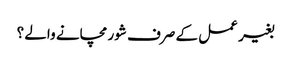
بغیر عمل کے صرف شور مچانے والے ؟